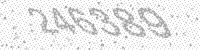
Solution: 246389